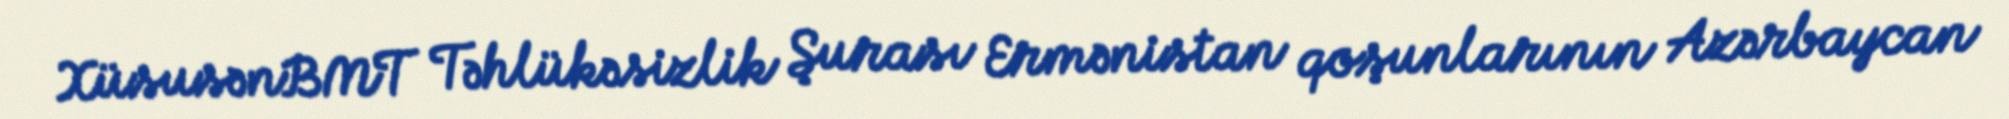
XüsusənBMT Təhlükəsizlik Şurası Ermənistan qoşunlarının Azərbaycan